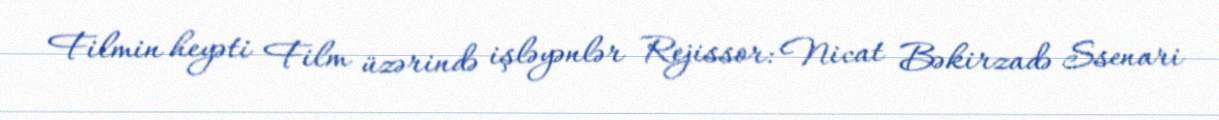
Filmin heyəti Film üzərində işləyənlər Rejissor: Nicat Bəkirzadə Ssenari